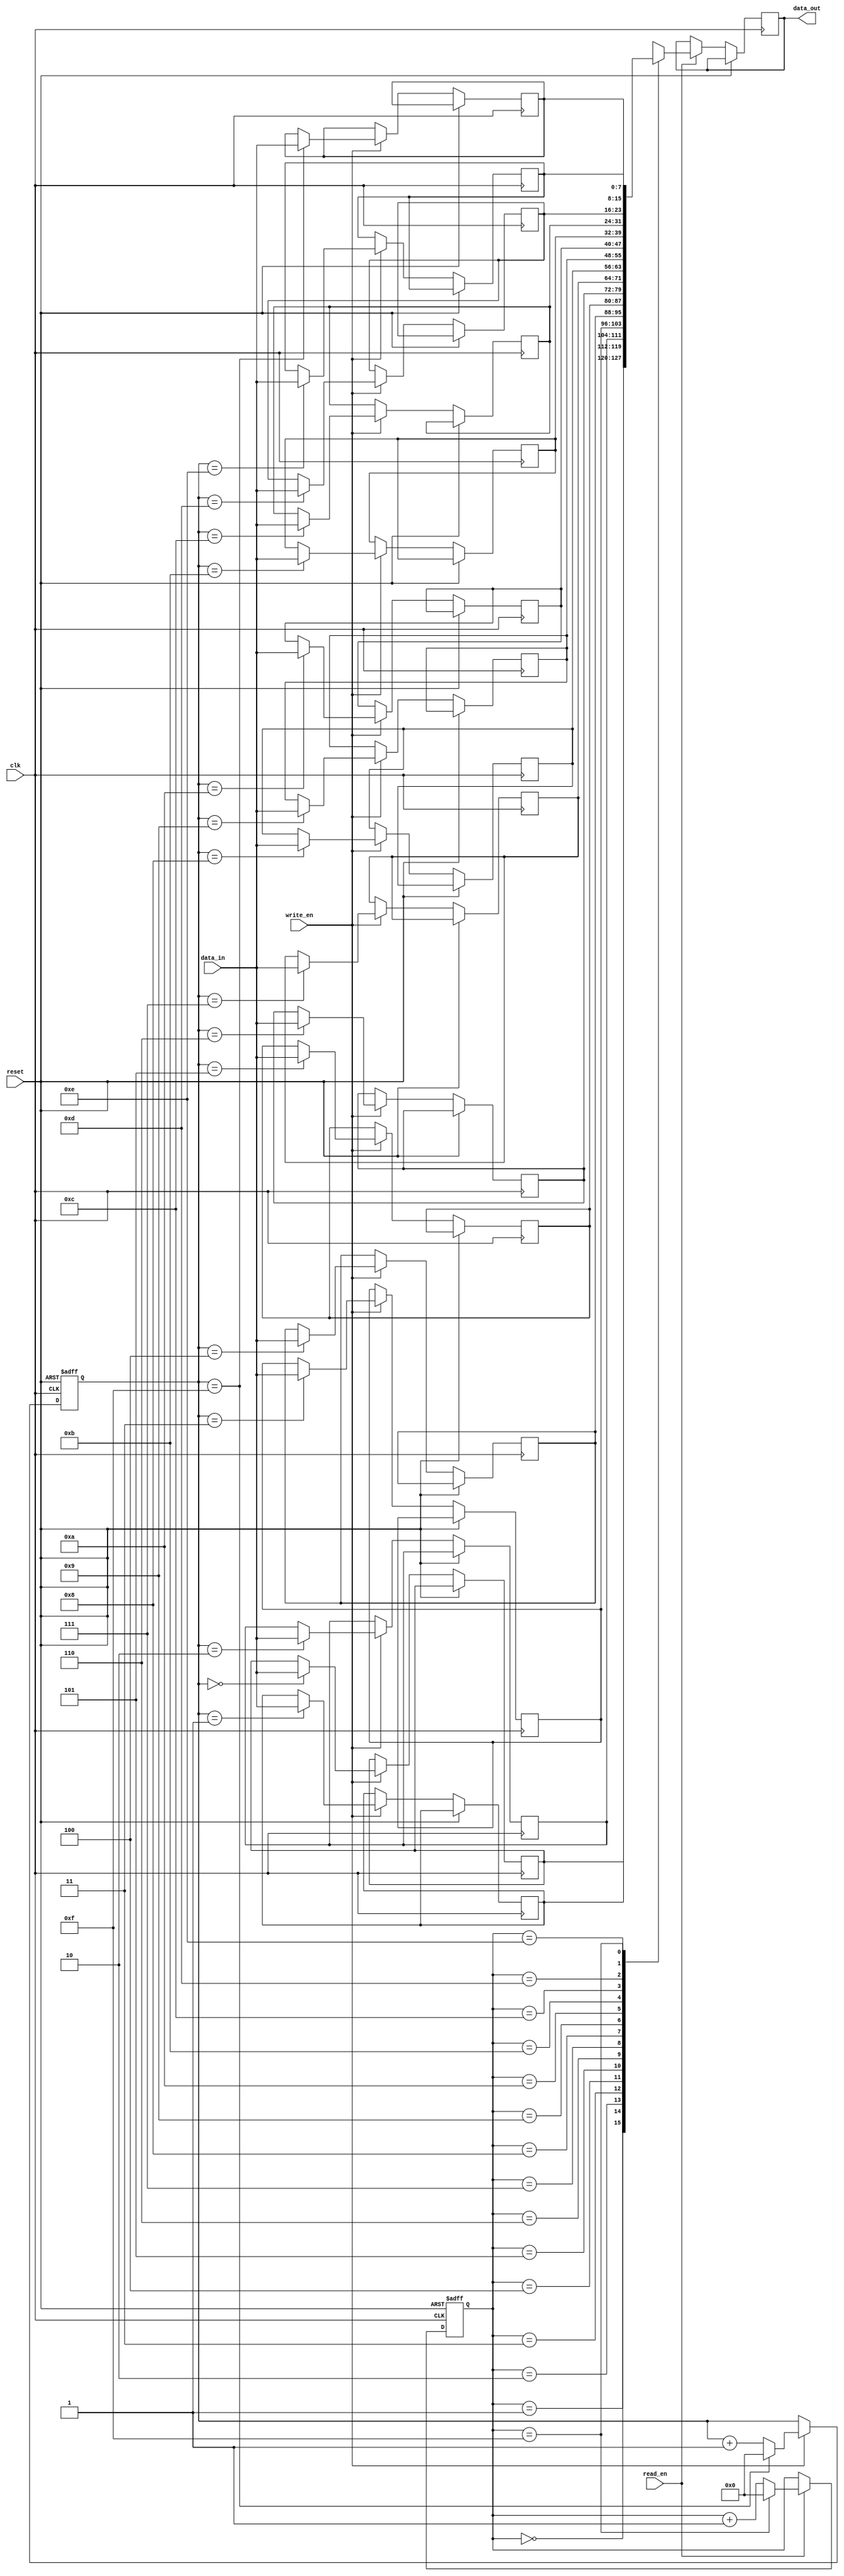
module async_fifo (
  input clk,             // Clock signal
  input reset,           // Reset signal
  input write_en,        // Write enable signal
  input read_en,         // Read enable signal
  input [7:0] data_in,   // Input data
  output [7:0] data_out  // Output data
);
  
  parameter FIFO_DEPTH = 16;    // Depth of FIFO memory
  
  reg [7:0] fifo_mem [0:FIFO_DEPTH-1];     // FIFO memory
  
  reg [3:0] write_ptr = 0;        // Write pointer
  reg [3:0] read_ptr = 0;         // Read pointer

  always @(posedge clk or posedge reset) begin
    if (reset) begin
      write_ptr <= 0;             // Reset write pointer
      read_ptr <= 0;              // Reset read pointer
    end else begin
      if (write_en) begin
        fifo_mem[write_ptr] <= data_in;   // Write data into memory
        write_ptr <= write_ptr + 1;       // Increment write pointer
      
        if (write_ptr == FIFO_DEPTH-1) begin
          write_ptr <= 0;         // Wrap around write pointer
        end
      end
      
      if (read_en) begin
        data_out <= fifo_mem[read_ptr];   // Read data from memory
        read_ptr <= read_ptr + 1;         // Increment read pointer
        
        if (read_ptr == FIFO_DEPTH-1) begin
          read_ptr <= 0;          // Wrap around read pointer
        end
      end
    end
  end
endmodule